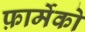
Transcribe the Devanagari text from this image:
फ़ार्मेको